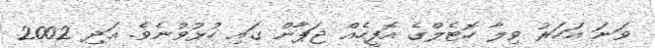
ވަނަ އަހަރު ވިލާ ހޮޓެލްގެ އޮފީހެއް ޖަޕާން ގައި ހުޅުވުނެވެ. އަދި 2002